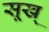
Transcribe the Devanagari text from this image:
सूख्